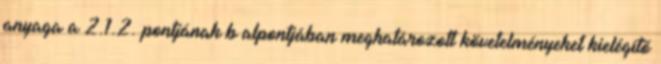
anyaga a 2.1.2. pontjának b alpontjában meghatározott követelményeket kielégítõ